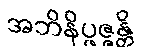
အဘိနိပ္ဖဇ္ဇန္တိ